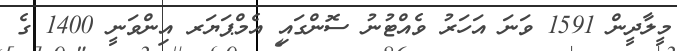
މީލާދީން 1591 ވަނަ އަހަރު ވެއްޓުނު ސޮންގައި އެމްޕަޔަރ އިންވަނީ 1400 ގެ